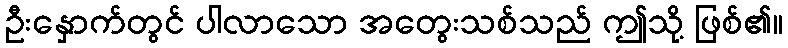
ဦးနှောက်တွင် ပါလာသော အတွေးသစ်သည် ဤသို့ ဖြစ်၏။